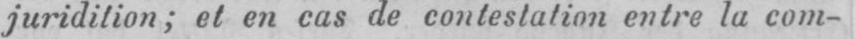
juridition; et en cas de contestation entre la com-